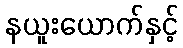
နယူးယောက်နှင့်